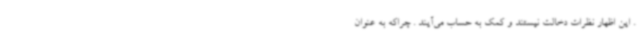
. این اظهار نظرات دخالت نیستند و کمک به حساب می‌آیند . چراکه به عنوان